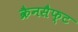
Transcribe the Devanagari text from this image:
क्रैनसैफ्ट